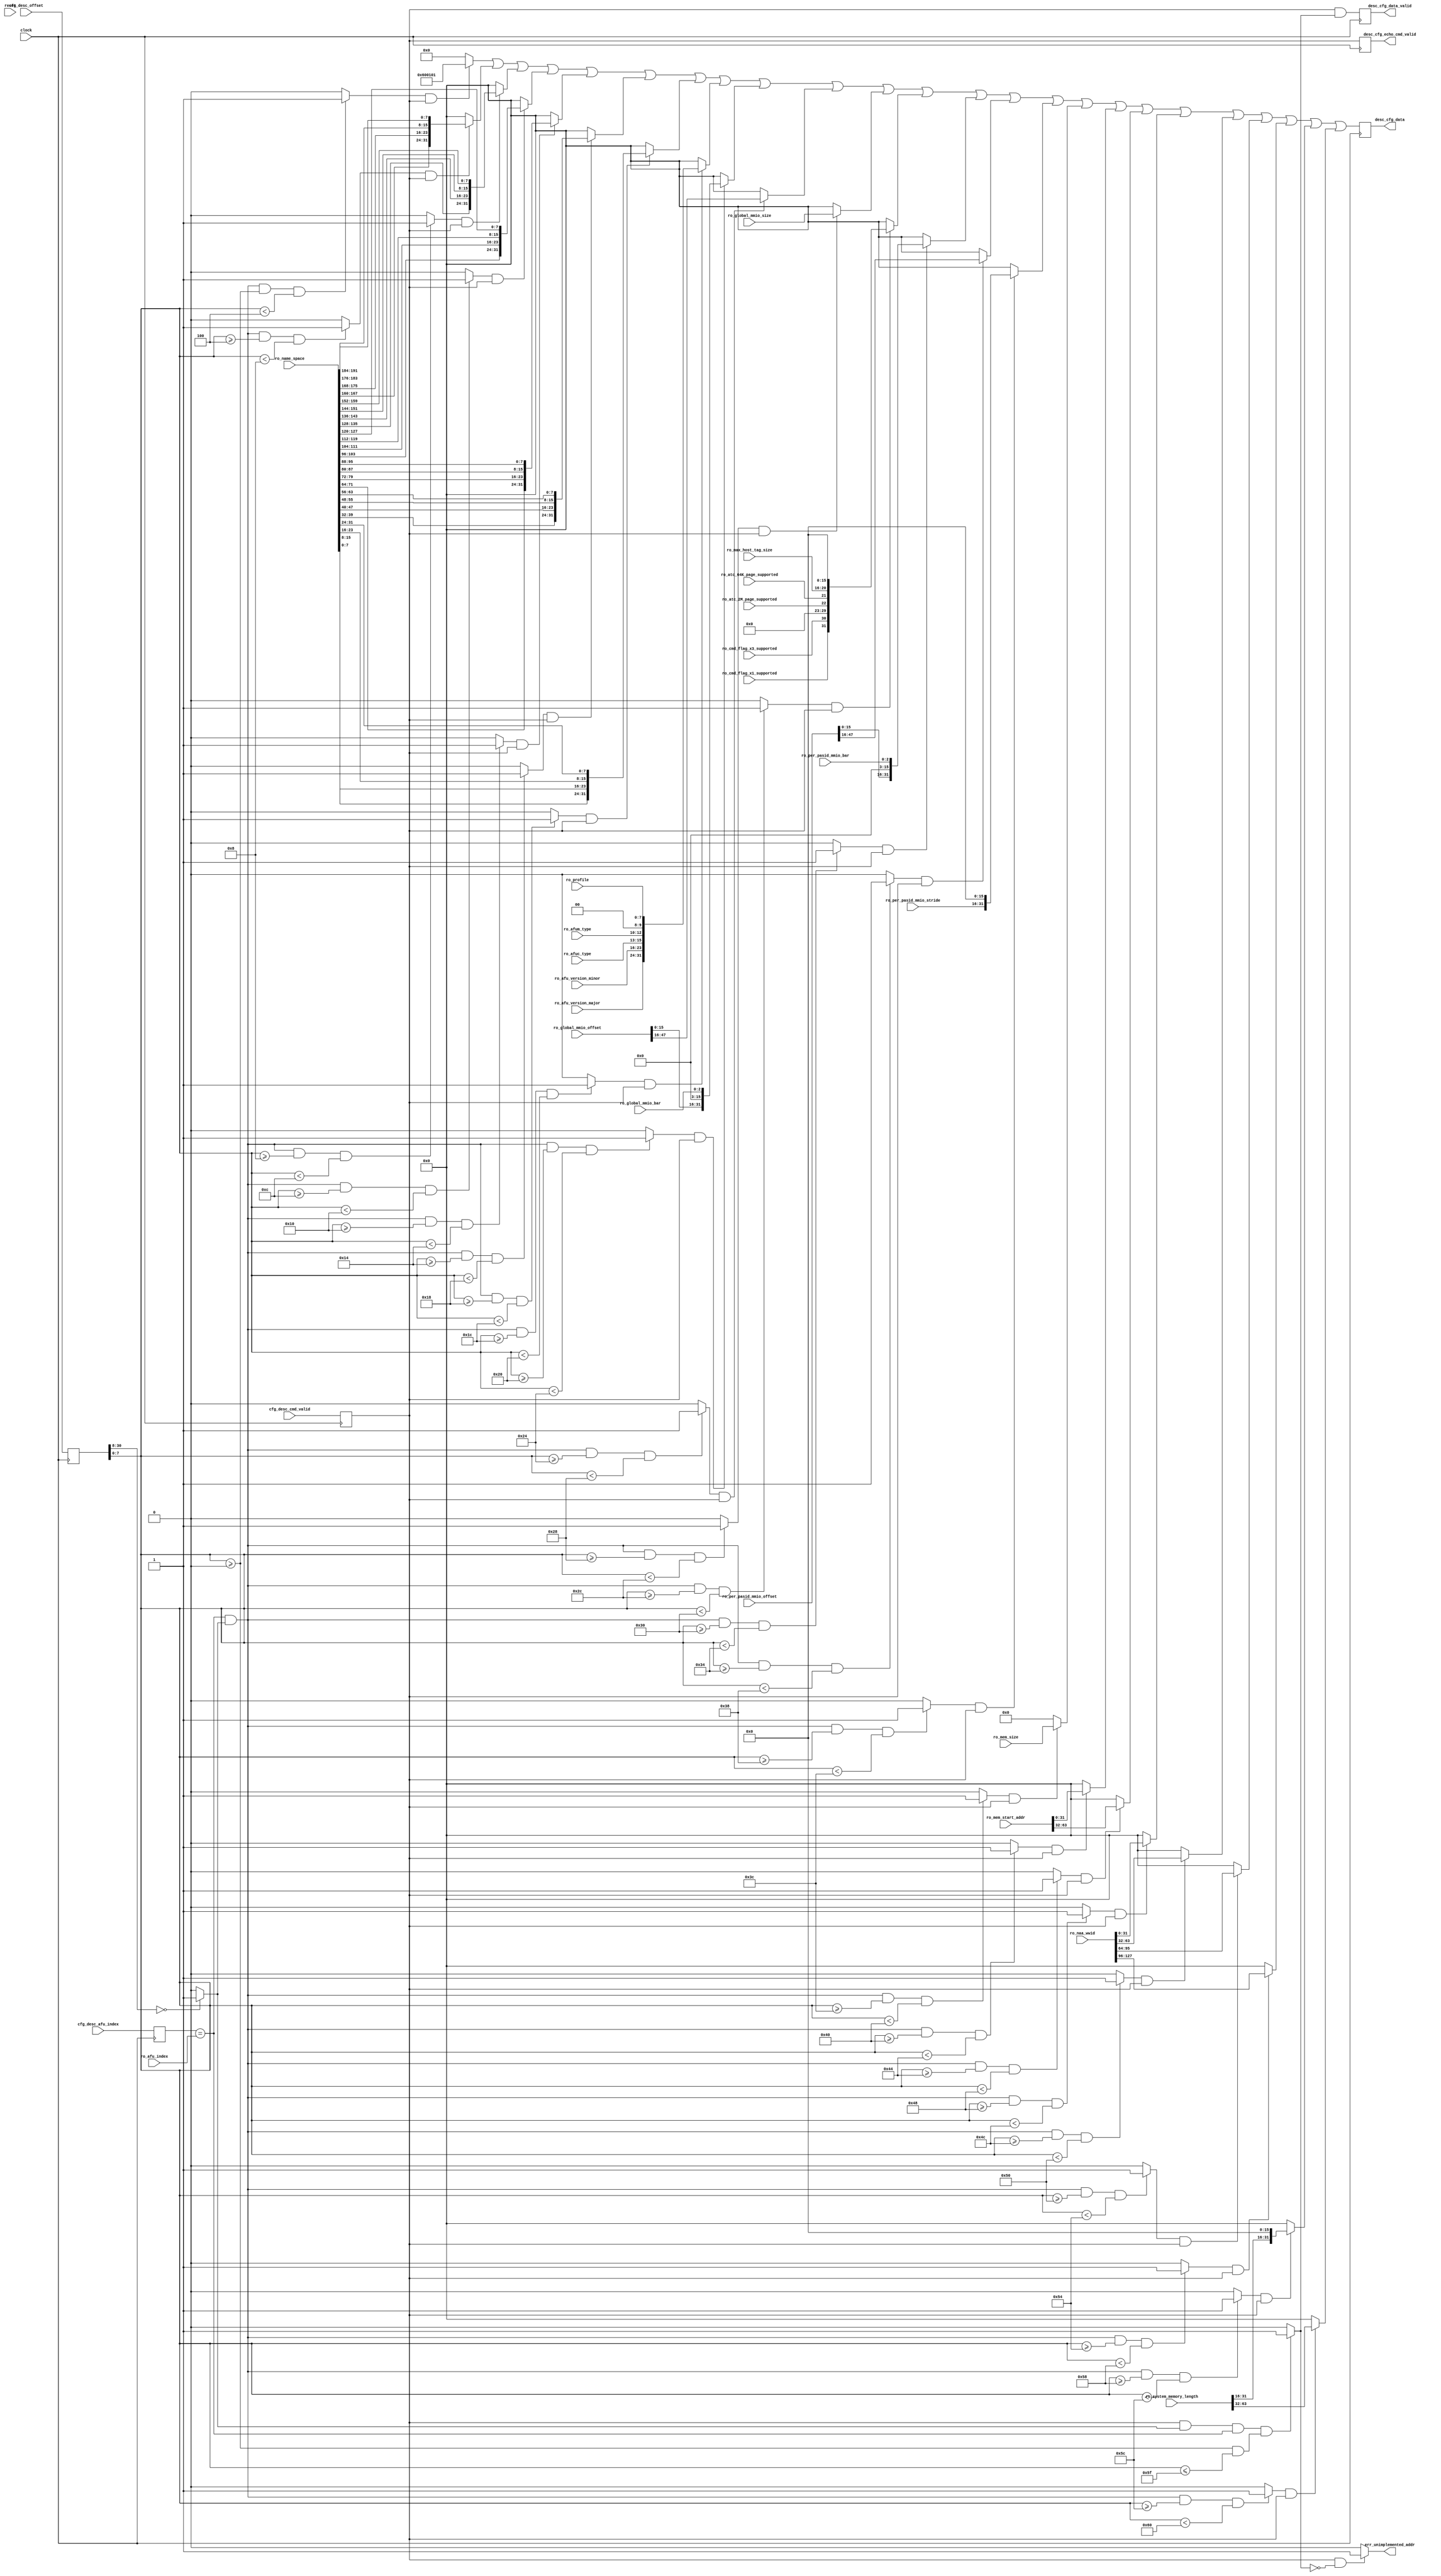
// *!***************************************************************************
// *! Copyright 2019 International Business Machines
// *!
// *! Licensed under the Apache License, Version 2.0 (the "License");
// *! you may not use this file except in compliance with the License.
// *! You may obtain a copy of the License at
// *! http://www.apache.org/licenses/LICENSE-2.0 
// *!
// *! The patent license granted to you in Section 3 of the License, as applied
// *! to the "Work," hereby includes implementations of the Work in physical form.  
// *!
// *! Unless required by applicable law or agreed to in writing, the reference design
// *! distributed under the License is distributed on an "AS IS" BASIS,
// *! WITHOUT WARRANTIES OR CONDITIONS OF ANY KIND, either express or implied.
// *! See the License for the specific language governing permissions and
// *! limitations under the License.
// *! 
// *! The background Specification upon which this is based is managed by and available from
// *! the OpenCAPI Consortium.  More information can be found at https://opencapi.org. 
// *!***************************************************************************
`timescale 1ps / 1ps
// -------------------------------------------------------------------
//
// Title    : cfg_descriptor.v
// Function : This file is intended to be useful for any OpenCAPI AFU design. It provides the AFU Descriptor Template 0
//            which is a sub-piece of the Configuration Sub-system space.
//
// -------------------------------------------------------------------
// Modification History :
//                                |Version    |     |Author   |Description of change
//                                |-----------|     |-------- |---------------------
  `define CFG_DESCRIPTOR_VERSION   09_Apr_2018   //            Keep VERSION_MINOR unchanged at h05 (for change proposal 2/28/18) Use TEMPLATE_LENGTH to tell versions apart
// -------------------------------------------------------------------

`define TEMPLATE_VERSION_MAJOR  8'h01  // Update to match the spec level (i.e. version MAJOR.MINOR)
`define TEMPLATE_VERSION_MINOR  8'h01

//
// ******************************************************************************************************************************
// Functional Description
//
// This file attaches to cfg_func.v . Since it outputs all 0s on 'data' and 'data_valid' when not selected,
// a simple OR gate can be used to return data from multiple instances of cfg_descriptor into afu_config_space.
//
// All internal configuration registers are 32 bits wide, using Little Endian format and addressing. 
// This means bits are ordered [31:0] and bytes are ordered 3,2,1,0 when looking at the lowest 2 address bits.
// 
// One register is selected at a time using the 8 bit 'AFU Index' and 31 bit 'Offset'. 
// 'AFU Index' enables the AFU template, while 'Offset' selects a register within that template.
//
// All entries in this file are Read Only. 
// Reads from an address that is not implemented returns all 0s, and will raise an error signal that can be
// routed to an internal error register.
//
// Read operations are triggered by setting the 'cmd_valid' input active. Upon seeing this as 1, it immediately sets
// 'data_valid' to 0 (in the same cycle). 'AFU Index' and 'Offset' can be re-latched if the table grows in size 
// (i.e. multiple AFUs) but for a single AFU they may not need to be. Once the selected location is available on 
// the return 'data' bus, 'data_valid' is set to 1. Both signals remain at that value until the next 'cmd_valid'.
// ******************************************************************************************************************************
// Naming convention used in this file
//
// *_afu#_*  = signals related to a single AFU, with the AFU number as '#'
//
// Templates are organized in numerical order, starting with AFU0, AFU1, ..., AFUn .
// The 'define's below are determined by the template definition. 

`define TEMPLATE_OFFSET_START  8'h00
`define TEMPLATE_OFFSET_LAST   8'h5F

// ******************************************************************************************************************************

 
// ==============================================================================================================================
// @@@  Module Declaration
// ==============================================================================================================================

module cfg_descriptor
(    
    // Miscellaneous Ports
    input             clock                             
  , input             reset                     // (positive active)

    // READ ONLY field inputs (suggested default values to tie these ports to follow each declaration)
    // Note: These need to be inputs rather than parameters because they may change values when partial reconfiguration is supported
                                                //  // 222221111111111000000000
                                                //  // 432109876543210987654321   Keep string exactly 24 characters long
  , input  [24*8-1:0] ro_name_space             //   {"IBM,LPC", {17{8'h00}} }    String must contain EXACTLY 24 characters, so pad accordingly
  , input       [7:0] ro_afu_version_major      //  = 8'h01  // Update to match the AFU  level (i.e. version MAJOR.MINOR)
  , input       [7:0] ro_afu_version_minor      //  = 8'h00
  , input       [2:0] ro_afuc_type              //  = 3'b001 // Type C1 issues commands to the host (i.e. interrupts) but does not cache host data
  , input       [2:0] ro_afum_type              //  = 3'b001 // Type M1 contains host mapped address space, which could be MMIO or memory
  , input       [7:0] ro_profile                //  = 8'h01  // Device Interface Class (see AFU documentation for additional command restrictions)
  , input     [63:16] ro_global_mmio_offset     //  = 48'h0000_0000_0000   // MMIO space start offset from BAR 0 addr ([15:0] assumed to be h0000)
  , input       [2:0] ro_global_mmio_bar        //  = 3'b000
  , input      [31:0] ro_global_mmio_size       //  = 32'h0008_0000        // MMIO size is 1 MB, with Global MMIO space of 512 KB
  , input             ro_cmd_flag_x1_supported  //  = 1'b0   // cmd_flag x1 is not supported
  , input             ro_cmd_flag_x3_supported  //  = 1'b0   // cmd_flag x3 is not supported
  , input             ro_atc_2M_page_supported  //  = 1'b0   // Address Translation Cache page size of 2MB is not supported
  , input             ro_atc_64K_page_supported //  = 1'b0   // Address Translation Cache page size of 64KB is not supported
  , input       [4:0] ro_max_host_tag_size      //  = 5'b00000  // Caching is not supported
  , input     [63:16] ro_per_pasid_mmio_offset  //  = 48'h0000_0000_0000   // PASID space start at BAR 0+512KB addr ([15:0] assumed to be h0000)
  , input       [2:0] ro_per_pasid_mmio_bar     //  = 3'b000
  , input     [31:16] ro_per_pasid_mmio_stride  //  = 16'h0001             // Minimum stride is 64KB per PASID entry ([15:0] assumed to be h0000)
  , input       [7:0] ro_mem_size               //  = 8'h14                // Default is 1 MB (2^20, x14 = 20 decimal)
  , input      [63:0] ro_mem_start_addr         //  = 64'h0000_0000_0000_0000  // At Device level, Memory Space must start at addr 0
  , input     [127:0] ro_naa_wwid               //  = 128'h0000_0000_0000_0000_0000_0000_0000_0000   // Default is AFU has no WWID
  , input      [63:0] ro_system_memory_length   //  = 64'h0000_0000_0000_0000  // General Purpose System Memory Size, [15:0] forced to h0000 to align with 64 KB boundary

    // Hardcoded 'AFU Index' number of this instance of descriptor table
  , input       [5:0] ro_afu_index              //  = 8'h00    Each AFU instance under a common Function needs a unique index number

    // Functional interface
  , input       [5:0] cfg_desc_afu_index
  , input      [30:0] cfg_desc_offset
  , input             cfg_desc_cmd_valid
  , output     [31:0] desc_cfg_data
  , output            desc_cfg_data_valid
  , output            desc_cfg_echo_cmd_valid

    // Error indicator
  , output            err_unimplemented_addr
) ;

// -----------------------------------------------------------
// Register inputs to prevent backflowed timing issues
// -----------------------------------------------------------
reg   [5:0] afu_index_q;
reg  [30:0] offset_q;
reg         cmd_valid_q;

always @(posedge(clock))
  begin
    afu_index_q <= cfg_desc_afu_index;  
    offset_q    <= cfg_desc_offset;
    cmd_valid_q <= cfg_desc_cmd_valid;
  end

// ------------------------------------
// Check for bad address
// ------------------------------------
wire upper_offset_is_zero = (offset_q[30:8] == 23'b0) ? 1'b1 : 1'b0;
wire addr_is_valid;

assign addr_is_valid = (cmd_valid_q == 1'b1          && 
                        upper_offset_is_zero == 1'b1 &&      
                        afu_index_q == ro_afu_index  &&
                        (offset_q[7:0] >= `TEMPLATE_OFFSET_START && offset_q[7:0] <= `TEMPLATE_OFFSET_LAST )
                       ) ? 1'b1 : 1'b0;

assign err_unimplemented_addr = (cmd_valid_q == 1'b1 && addr_is_valid == 1'b0) ? 1'b1 : 1'b0;


// -------------------------------------------------------------------------
// Select target register using address ('afu0' = AFU descriptor template 0)
// -------------------------------------------------------------------------
wire sel_afu00_000;   
wire sel_afu00_004;
wire sel_afu00_008;
wire sel_afu00_00C;
wire sel_afu00_010; 
wire sel_afu00_014;
wire sel_afu00_018;
wire sel_afu00_01C;
wire sel_afu00_020; 
wire sel_afu00_024;
wire sel_afu00_028;
wire sel_afu00_02C;
wire sel_afu00_030; 
wire sel_afu00_034;
wire sel_afu00_038;
wire sel_afu00_03C;
wire sel_afu00_040;
wire sel_afu00_044;
wire sel_afu00_048;
wire sel_afu00_04C;
wire sel_afu00_050;
wire sel_afu00_054;
wire sel_afu00_058;
wire sel_afu00_05C;

assign sel_afu00_000 = (afu_index_q == ro_afu_index && upper_offset_is_zero == 1'b1 && offset_q[7:0] >= 8'h00 && offset_q[7:0] < 8'h04) ? 1'b1 : 1'b0;
assign sel_afu00_004 = (afu_index_q == ro_afu_index && upper_offset_is_zero == 1'b1 && offset_q[7:0] >= 8'h04 && offset_q[7:0] < 8'h08) ? 1'b1 : 1'b0;
assign sel_afu00_008 = (afu_index_q == ro_afu_index && upper_offset_is_zero == 1'b1 && offset_q[7:0] >= 8'h08 && offset_q[7:0] < 8'h0C) ? 1'b1 : 1'b0;
assign sel_afu00_00C = (afu_index_q == ro_afu_index && upper_offset_is_zero == 1'b1 && offset_q[7:0] >= 8'h0C && offset_q[7:0] < 8'h10) ? 1'b1 : 1'b0;
assign sel_afu00_010 = (afu_index_q == ro_afu_index && upper_offset_is_zero == 1'b1 && offset_q[7:0] >= 8'h10 && offset_q[7:0] < 8'h14) ? 1'b1 : 1'b0;
assign sel_afu00_014 = (afu_index_q == ro_afu_index && upper_offset_is_zero == 1'b1 && offset_q[7:0] >= 8'h14 && offset_q[7:0] < 8'h18) ? 1'b1 : 1'b0;
assign sel_afu00_018 = (afu_index_q == ro_afu_index && upper_offset_is_zero == 1'b1 && offset_q[7:0] >= 8'h18 && offset_q[7:0] < 8'h1C) ? 1'b1 : 1'b0;
assign sel_afu00_01C = (afu_index_q == ro_afu_index && upper_offset_is_zero == 1'b1 && offset_q[7:0] >= 8'h1C && offset_q[7:0] < 8'h20) ? 1'b1 : 1'b0;
assign sel_afu00_020 = (afu_index_q == ro_afu_index && upper_offset_is_zero == 1'b1 && offset_q[7:0] >= 8'h20 && offset_q[7:0] < 8'h24) ? 1'b1 : 1'b0;
assign sel_afu00_024 = (afu_index_q == ro_afu_index && upper_offset_is_zero == 1'b1 && offset_q[7:0] >= 8'h24 && offset_q[7:0] < 8'h28) ? 1'b1 : 1'b0;
assign sel_afu00_028 = (afu_index_q == ro_afu_index && upper_offset_is_zero == 1'b1 && offset_q[7:0] >= 8'h28 && offset_q[7:0] < 8'h2C) ? 1'b1 : 1'b0;
assign sel_afu00_02C = (afu_index_q == ro_afu_index && upper_offset_is_zero == 1'b1 && offset_q[7:0] >= 8'h2C && offset_q[7:0] < 8'h30) ? 1'b1 : 1'b0;
assign sel_afu00_030 = (afu_index_q == ro_afu_index && upper_offset_is_zero == 1'b1 && offset_q[7:0] >= 8'h30 && offset_q[7:0] < 8'h34) ? 1'b1 : 1'b0;
assign sel_afu00_034 = (afu_index_q == ro_afu_index && upper_offset_is_zero == 1'b1 && offset_q[7:0] >= 8'h34 && offset_q[7:0] < 8'h38) ? 1'b1 : 1'b0;
assign sel_afu00_038 = (afu_index_q == ro_afu_index && upper_offset_is_zero == 1'b1 && offset_q[7:0] >= 8'h38 && offset_q[7:0] < 8'h3C) ? 1'b1 : 1'b0;
assign sel_afu00_03C = (afu_index_q == ro_afu_index && upper_offset_is_zero == 1'b1 && offset_q[7:0] >= 8'h3C && offset_q[7:0] < 8'h40) ? 1'b1 : 1'b0;
assign sel_afu00_040 = (afu_index_q == ro_afu_index && upper_offset_is_zero == 1'b1 && offset_q[7:0] >= 8'h40 && offset_q[7:0] < 8'h44) ? 1'b1 : 1'b0;
assign sel_afu00_044 = (afu_index_q == ro_afu_index && upper_offset_is_zero == 1'b1 && offset_q[7:0] >= 8'h44 && offset_q[7:0] < 8'h48) ? 1'b1 : 1'b0;
assign sel_afu00_048 = (afu_index_q == ro_afu_index && upper_offset_is_zero == 1'b1 && offset_q[7:0] >= 8'h48 && offset_q[7:0] < 8'h4C) ? 1'b1 : 1'b0;
assign sel_afu00_04C = (afu_index_q == ro_afu_index && upper_offset_is_zero == 1'b1 && offset_q[7:0] >= 8'h4C && offset_q[7:0] < 8'h50) ? 1'b1 : 1'b0;
assign sel_afu00_050 = (afu_index_q == ro_afu_index && upper_offset_is_zero == 1'b1 && offset_q[7:0] >= 8'h50 && offset_q[7:0] < 8'h54) ? 1'b1 : 1'b0;
assign sel_afu00_054 = (afu_index_q == ro_afu_index && upper_offset_is_zero == 1'b1 && offset_q[7:0] >= 8'h54 && offset_q[7:0] < 8'h58) ? 1'b1 : 1'b0;
assign sel_afu00_058 = (afu_index_q == ro_afu_index && upper_offset_is_zero == 1'b1 && offset_q[7:0] >= 8'h58 && offset_q[7:0] < 8'h5C) ? 1'b1 : 1'b0;
assign sel_afu00_05C = (afu_index_q == ro_afu_index && upper_offset_is_zero == 1'b1 && offset_q[7:0] >= 8'h5C && offset_q[7:0] < 8'h60) ? 1'b1 : 1'b0;


// ..............................................
// @@@ AFU0
// ..............................................

wire [31:0] reg_afu00_000_q;
wire [31:0] reg_afu00_004_q;
wire [31:0] reg_afu00_008_q;
wire [31:0] reg_afu00_00C_q;
wire [31:0] reg_afu00_010_q;
wire [31:0] reg_afu00_014_q;
wire [31:0] reg_afu00_018_q;
wire [31:0] reg_afu00_01C_q;
wire [31:0] reg_afu00_020_q;
wire [31:0] reg_afu00_024_q;
wire [31:0] reg_afu00_028_q;
wire [31:0] reg_afu00_02C_q;
wire [31:0] reg_afu00_030_q;
wire [31:0] reg_afu00_034_q;
wire [31:0] reg_afu00_038_q;
wire [31:0] reg_afu00_03C_q;
wire [31:0] reg_afu00_040_q;
wire [31:0] reg_afu00_044_q;
wire [31:0] reg_afu00_048_q;
wire [31:0] reg_afu00_04C_q;
wire [31:0] reg_afu00_050_q;
wire [31:0] reg_afu00_054_q;
wire [31:0] reg_afu00_058_q;
wire [31:0] reg_afu00_05C_q;

wire [31:0] reg_afu00_000_rdata;
wire [31:0] reg_afu00_004_rdata;
wire [31:0] reg_afu00_008_rdata;
wire [31:0] reg_afu00_00C_rdata;
wire [31:0] reg_afu00_010_rdata;
wire [31:0] reg_afu00_014_rdata;
wire [31:0] reg_afu00_018_rdata;
wire [31:0] reg_afu00_01C_rdata;
wire [31:0] reg_afu00_020_rdata;
wire [31:0] reg_afu00_024_rdata;
wire [31:0] reg_afu00_028_rdata;
wire [31:0] reg_afu00_02C_rdata;
wire [31:0] reg_afu00_030_rdata;
wire [31:0] reg_afu00_034_rdata;
wire [31:0] reg_afu00_038_rdata;
wire [31:0] reg_afu00_03C_rdata;
wire [31:0] reg_afu00_040_rdata;
wire [31:0] reg_afu00_044_rdata;
wire [31:0] reg_afu00_048_rdata;
wire [31:0] reg_afu00_04C_rdata;
wire [31:0] reg_afu00_050_rdata;
wire [31:0] reg_afu00_054_rdata;
wire [31:0] reg_afu00_058_rdata;
wire [31:0] reg_afu00_05C_rdata;


assign reg_afu00_000_q[31:16] = { 8'h00, `TEMPLATE_OFFSET_LAST + 8'h01 };   
assign reg_afu00_000_q[15: 8] = `TEMPLATE_VERSION_MAJOR;     
assign reg_afu00_000_q[ 7: 0] = `TEMPLATE_VERSION_MINOR;
assign reg_afu00_000_rdata = (sel_afu00_000 == 1'b1 && cmd_valid_q == 1'b1) ? reg_afu00_000_q : 32'h00000000;


// ro_name_space is a string of characters. The left most char goes into field 'Name Space[0]'. e.g. "IBM,LPC                 "
assign reg_afu00_004_q[ 7: 0] = ro_name_space[8*23+7:8*23]; // e.g. 'I'
assign reg_afu00_004_q[15: 8] = ro_name_space[8*22+7:8*22]; // e.g. 'B'
assign reg_afu00_004_q[23:16] = ro_name_space[8*21+7:8*21]; // e.g. 'M'
assign reg_afu00_004_q[31:24] = ro_name_space[8*20+7:8*20]; // e.g. ','
assign reg_afu00_004_rdata = (sel_afu00_004 == 1'b1 && cmd_valid_q == 1'b1) ? reg_afu00_004_q : 32'h00000000;


assign reg_afu00_008_q[ 7: 0] = ro_name_space[8*19+7:8*19];
assign reg_afu00_008_q[15: 8] = ro_name_space[8*18+7:8*18];
assign reg_afu00_008_q[23:16] = ro_name_space[8*17+7:8*17];
assign reg_afu00_008_q[31:24] = ro_name_space[8*16+7:8*16];
assign reg_afu00_008_rdata = (sel_afu00_008 == 1'b1 && cmd_valid_q == 1'b1) ? reg_afu00_008_q : 32'h00000000;


assign reg_afu00_00C_q[ 7: 0] = ro_name_space[8*15+7:8*15];
assign reg_afu00_00C_q[15: 8] = ro_name_space[8*14+7:8*14];
assign reg_afu00_00C_q[23:16] = ro_name_space[8*13+7:8*13];
assign reg_afu00_00C_q[31:24] = ro_name_space[8*12+7:8*12];
assign reg_afu00_00C_rdata = (sel_afu00_00C == 1'b1 && cmd_valid_q == 1'b1) ? reg_afu00_00C_q : 32'h00000000;


assign reg_afu00_010_q[ 7: 0] = ro_name_space[8*11+7:8*11];
assign reg_afu00_010_q[15: 8] = ro_name_space[8*10+7:8*10];
assign reg_afu00_010_q[23:16] = ro_name_space[8*9 +7:8*9 ];
assign reg_afu00_010_q[31:24] = ro_name_space[8*8 +7:8*8 ];
assign reg_afu00_010_rdata = (sel_afu00_010 == 1'b1 && cmd_valid_q == 1'b1) ? reg_afu00_010_q : 32'h00000000;


assign reg_afu00_014_q[ 7: 0] = ro_name_space[8*7 +7:8*7 ];
assign reg_afu00_014_q[15: 8] = ro_name_space[8*6 +7:8*6 ];
assign reg_afu00_014_q[23:16] = ro_name_space[8*5 +7:8*5 ];
assign reg_afu00_014_q[31:24] = ro_name_space[8*4 +7:8*4 ];
assign reg_afu00_014_rdata = (sel_afu00_014 == 1'b1 && cmd_valid_q == 1'b1) ? reg_afu00_014_q : 32'h00000000;


assign reg_afu00_018_q[ 7: 0] = ro_name_space[8*3 +7:8*3 ];
assign reg_afu00_018_q[15: 8] = ro_name_space[8*2 +7:8*2 ];
assign reg_afu00_018_q[23:16] = ro_name_space[8*1 +7:8*1 ];
assign reg_afu00_018_q[31:24] = ro_name_space[8*0 +7:8*0 ];
assign reg_afu00_018_rdata = (sel_afu00_018 == 1'b1 && cmd_valid_q == 1'b1) ? reg_afu00_018_q : 32'h00000000;


assign reg_afu00_01C_q[31:24] = ro_afu_version_major;   
assign reg_afu00_01C_q[23:16] = ro_afu_version_minor;     
assign reg_afu00_01C_q[15:13] = ro_afuc_type;
assign reg_afu00_01C_q[12:10] = ro_afum_type;
assign reg_afu00_01C_q[ 9: 8] = 2'h0;
assign reg_afu00_01C_q[ 7: 0] = ro_profile;
assign reg_afu00_01C_rdata = (sel_afu00_01C == 1'b1 && cmd_valid_q == 1'b1) ? reg_afu00_01C_q : 32'h00000000;


assign reg_afu00_020_q[31:16] = ro_global_mmio_offset[31:16];   
assign reg_afu00_020_q[15: 3] = 13'b0000_0000_0000_0;
assign reg_afu00_020_q[ 2: 0] = ro_global_mmio_bar;     
assign reg_afu00_020_rdata = (sel_afu00_020 == 1'b1 && cmd_valid_q == 1'b1) ? reg_afu00_020_q : 32'h00000000;


assign reg_afu00_024_q[31: 0] = ro_global_mmio_offset[63:32];   
assign reg_afu00_024_rdata = (sel_afu00_024 == 1'b1 && cmd_valid_q == 1'b1) ? reg_afu00_024_q : 32'h00000000;


assign reg_afu00_028_q[31: 0] = ro_global_mmio_size;   
assign reg_afu00_028_rdata = (sel_afu00_028 == 1'b1 && cmd_valid_q == 1'b1) ? reg_afu00_028_q : 32'h00000000;


assign reg_afu00_02C_q[   31] = ro_cmd_flag_x1_supported;
assign reg_afu00_02C_q[   30] = ro_cmd_flag_x3_supported;
assign reg_afu00_02C_q[29:23] = 7'b00_0000_0;    
assign reg_afu00_02C_q[   22] = ro_atc_2M_page_supported;
assign reg_afu00_02C_q[   21] = ro_atc_64K_page_supported;
assign reg_afu00_02C_q[20:16] = ro_max_host_tag_size;
assign reg_afu00_02C_q[15: 0] = 16'h0000;   
assign reg_afu00_02C_rdata = (sel_afu00_02C == 1'b1 && cmd_valid_q == 1'b1) ? reg_afu00_02C_q : 32'h00000000;


assign reg_afu00_030_q[31:16] = ro_per_pasid_mmio_offset[31:16];   
assign reg_afu00_030_q[15: 3] = 13'b0000_0000_0000_0;
assign reg_afu00_030_q[ 2: 0] = ro_per_pasid_mmio_bar;     
assign reg_afu00_030_rdata = (sel_afu00_030 == 1'b1 && cmd_valid_q == 1'b1) ? reg_afu00_030_q : 32'h00000000;


assign reg_afu00_034_q[31: 0] = ro_per_pasid_mmio_offset[63:32];   
assign reg_afu00_034_rdata = (sel_afu00_034 == 1'b1 && cmd_valid_q == 1'b1) ? reg_afu00_034_q : 32'h00000000;


assign reg_afu00_038_q[31:16] = ro_per_pasid_mmio_stride; 
assign reg_afu00_038_q[15: 0] = 16'h0000;
assign reg_afu00_038_rdata = (sel_afu00_038 == 1'b1 && cmd_valid_q == 1'b1) ? reg_afu00_038_q : 32'h00000000;


assign reg_afu00_03C_q[31: 8] = 24'h0000_00;   
assign reg_afu00_03C_q[ 7: 0] = ro_mem_size;     
assign reg_afu00_03C_rdata = (sel_afu00_03C == 1'b1 && cmd_valid_q == 1'b1) ? reg_afu00_03C_q : 32'h00000000;


assign reg_afu00_040_q[31: 0] = ro_mem_start_addr[31:0];   
assign reg_afu00_040_rdata = (sel_afu00_040 == 1'b1 && cmd_valid_q == 1'b1) ? reg_afu00_040_q : 32'h00000000;


assign reg_afu00_044_q[31: 0] = ro_mem_start_addr[63:32];   
assign reg_afu00_044_rdata = (sel_afu00_044 == 1'b1 && cmd_valid_q == 1'b1) ? reg_afu00_044_q : 32'h00000000;


assign reg_afu00_048_q[31: 0] = ro_naa_wwid[31:0];   
assign reg_afu00_048_rdata = (sel_afu00_048 == 1'b1 && cmd_valid_q == 1'b1) ? reg_afu00_048_q : 32'h00000000;


assign reg_afu00_04C_q[31: 0] = ro_naa_wwid[63:32];   
assign reg_afu00_04C_rdata = (sel_afu00_04C == 1'b1 && cmd_valid_q == 1'b1) ? reg_afu00_04C_q : 32'h00000000;


assign reg_afu00_050_q[31: 0] = ro_naa_wwid[95:64];   
assign reg_afu00_050_rdata = (sel_afu00_050 == 1'b1 && cmd_valid_q == 1'b1) ? reg_afu00_050_q : 32'h00000000;


assign reg_afu00_054_q[31: 0] = ro_naa_wwid[127:96];   
assign reg_afu00_054_rdata = (sel_afu00_054 == 1'b1 && cmd_valid_q == 1'b1) ? reg_afu00_054_q : 32'h00000000;


assign reg_afu00_058_q[31: 0] = { ro_system_memory_length[31:16], 16'h0000 };   // Align to 64KB boundary
assign reg_afu00_058_rdata = (sel_afu00_058 == 1'b1 && cmd_valid_q == 1'b1) ? reg_afu00_058_q : 32'h00000000;


assign reg_afu00_05C_q[31: 0] = ro_system_memory_length[63:32];  
assign reg_afu00_05C_rdata = (sel_afu00_05C == 1'b1 && cmd_valid_q == 1'b1) ? reg_afu00_05C_q : 32'h00000000;



// ------------------------------------
// Select source for ultimate read data
// ------------------------------------
wire [31:0] final_rdata_d;
reg  [31:0] final_rdata_q;
reg         final_rdata_vld_q;
reg         final_echo_cmd_valid_q;

// Use a big OR gate to combine all the read data sources. When source is not selected, the 'rdata' vector should be all 0.
assign final_rdata_d = reg_afu00_000_rdata | reg_afu00_004_rdata | reg_afu00_008_rdata | reg_afu00_00C_rdata | 
                       reg_afu00_010_rdata | reg_afu00_014_rdata | reg_afu00_018_rdata | reg_afu00_01C_rdata | 
                       reg_afu00_020_rdata | reg_afu00_024_rdata | reg_afu00_028_rdata | reg_afu00_02C_rdata | 
                       reg_afu00_030_rdata | reg_afu00_034_rdata | reg_afu00_038_rdata | reg_afu00_03C_rdata | 
                       reg_afu00_040_rdata | reg_afu00_044_rdata | reg_afu00_048_rdata | reg_afu00_04C_rdata |  
                       reg_afu00_050_rdata | reg_afu00_054_rdata | reg_afu00_058_rdata | reg_afu00_05C_rdata
                       ;                      

always @(posedge(clock))
  begin
    final_rdata_q          <= final_rdata_d;                // Latch the result of the big OR gate before sending out of the module
    final_rdata_vld_q      <= cmd_valid_q & addr_is_valid;  // Indicates 'rdata' contains valid read data (i.e. from a real register)
    final_echo_cmd_valid_q <= cmd_valid_q;                  // Indicates command has been processed
  end

// Drive outputs
assign desc_cfg_data           = final_rdata_q;
assign desc_cfg_data_valid     = final_rdata_vld_q;
assign desc_cfg_echo_cmd_valid = final_echo_cmd_valid_q;

endmodule